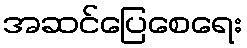
အဆင်ပြေစေရေး